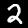
Digit: 2